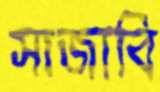
সাজাবি